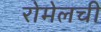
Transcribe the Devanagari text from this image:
रोमेलची